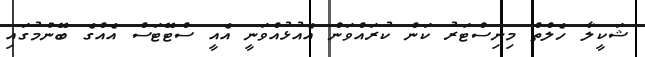
ޝަކީލާ ހެލްތް މިނިސްޓަރު ކަން ކުރައްވަން އެއުޅުއްވަނީ އެއީ ސްޓޭޓަސް އެއްގެ ބޭނުމުގައި